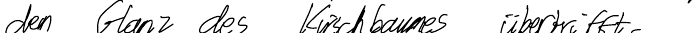
den Glanz des Kirschbaumes übertrifft